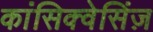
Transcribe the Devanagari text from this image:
कांसिक्वेसिंज़